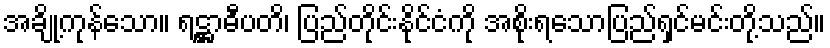
အချို့ကုန်သော။ ရဋ္ဌာဓီပတိ၊ ပြည်တိုင်းနိုင်ငံကို အစိုးရသောပြည်ရှင်မင်းတို့သည်။